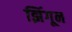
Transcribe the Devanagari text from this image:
झिंगून